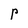
Character: P